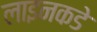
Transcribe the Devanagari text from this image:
लाइनकडे